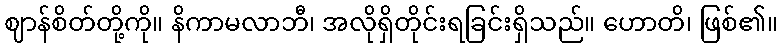
ဈာန်စိတ်တို့ကို။ နိကာမလာဘီ၊ အလိုရှိတိုင်းရခြင်းရှိသည်။ ဟောတိ၊ ဖြစ်၏။